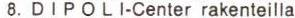
8. DIPOLI-Center rakenteilla